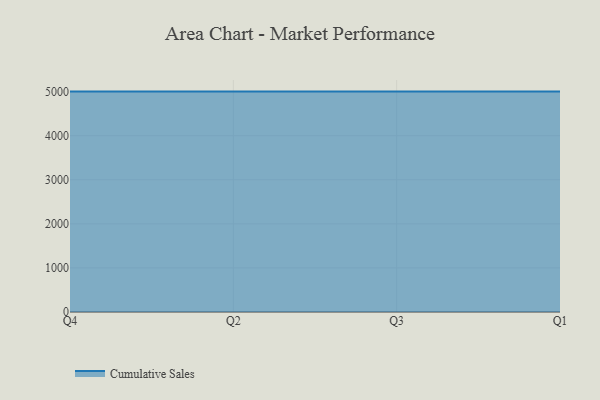
{"axis": {"x": "Quarter", "y": "Inventory Turnover"}, "legend": ["Cumulative Sales"], "data": [{"x": "Q4", "y": 5000, "type": "Cumulative Sales"}, {"x": "Q2", "y": 5000, "type": "Cumulative Sales"}, {"x": "Q3", "y": 5000, "type": "Cumulative Sales"}, {"x": "Q1", "y": 5000, "type": "Cumulative Sales"}]}